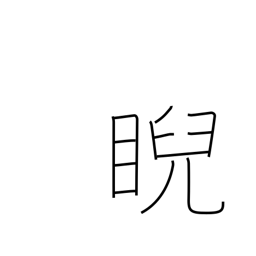
Meaning: scowl at